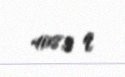
408,3 q